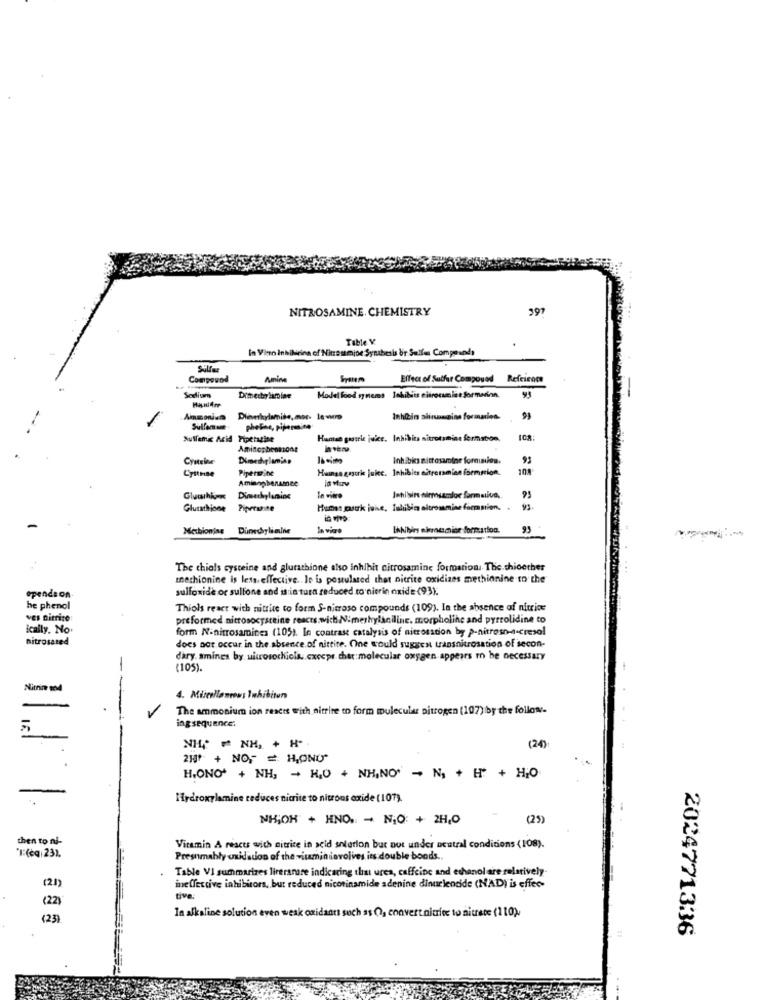
NITROSAMINE. CHEMISTRY
397
Table V.
In Vino Inhibiting of Ninesamjoe Synabesis br Sulfas Compounds
Sulfar
Compound
Amine
Effect of Sulfar Compound Refeirace
Sodium
Dimerty limiar
Model food synems Inhibits eitrocamine formedinn.
Ammonium
Inhlin alinasmoins formacies.
Sulforum
pheine, Pijeme.me
Sullemi Acid Piperazine
Hanen grosrie juice. Inhibits nitrotsmins formation.
Dimethylaminn
Inhibis mittosamine formules.
Cysteine
Pipereine
Hunse gasorke julec. Inhibies eitreramien isemsion.
108
Aminnpbenamee
Gluchien
In vitro
Glutathicon
Piperrute
Humes pusok iche, Talibim altroamine formation,
93 .
Methionine Dumechylimine
Inviare
Inhibirs ekmemide formation.
93
The chiols cysteine and glutathione also inhibit citrosamine formation. The chioether
methionine is less, effective. Je is postulated that nitrite oxidizes methionine to the
sulfoxide or sulfone and is in tura reduced to nierin oxide (93).
opendeon
he phenol
Thiols react with nitrite to form S-nitroso compounds (109). In the absence of nitrice
ves nitrite
preformed nitrosocysteine reacts.wich N:merhylaniline. morpholine and pyrrolidine to
ically. No
form Nanitrosamines (105). le contrast catalysis of nicrosscon by p-nitroso-a-cresol
nitrosated
does not occur in the absence.of nittite. One would suggest transnitrosation of secon-
dary. smines by, uitrosochicis .. cxocpr. cher molecular oxygen appears to be necessary
-
(105).
Nitin mod
4. Mijeellanews Inhibiton
-
The ammonium ion reacts with nitrite to form mulecular nitrogen (107) by the follow.
ingsequence:
N14 ₾ NH, + H-
(24)
210+ + NOF = HOND"
H.ONO' + NH, - H,0 + NH,NO" - NA + B + HO
Hydroxylamine reduces nicrite to nitrous oxide (107).
NH;OH + HNO. - NJO: + 2H,0
(25)
then to ni-
Vitamin A reacts with nitrite in acid solution but not under neutral conditions (108).
F:(eq: 231.
Presumably oxidation of the witamininvolves its double bonds ..
Table VI summarizes lirerarare indicaring that urea, caffeine and ethanol are relatively
(21)
ineffective inhibitors, but reduced nicotinamide adenine dinucleotide (NAD) is effec-
(22)
tive.
In alkaline solution even weak oxidants such as O, convert nitrite to nitrate (110)
(23)
2024771336